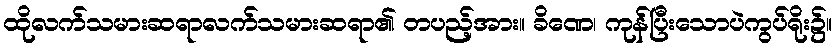
ထိုလက်သမားဆရာလက်သမားဆရာ၏ တပည့်အား။ ခိဏေ၊ ကုန်ပြီးသောပဲကွပ်ရိုး၌။